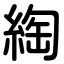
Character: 綯